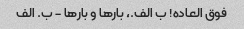
فوق العاده! ب الف.، بارها و بارها - ب. الف